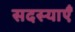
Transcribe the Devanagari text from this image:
सदस्याएँ